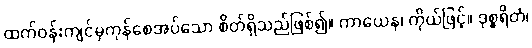
ထက်ဝန်းကျင်မှကုန်စေအပ်သော စိတ်ရှိသည်ဖြစ်၍။ ကာယေန၊ ကိုယ်ဖြင့်။ ဒုစ္စရိတံ၊